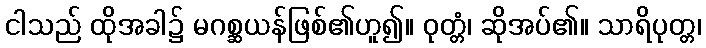
ငါသည် ထိုအခါ၌ မဂစ္ဆယန်ဖြစ်၏ဟူ၍။ ဝုတ္တံ၊ ဆိုအပ်၏။ သာရိပုတ္တ၊